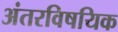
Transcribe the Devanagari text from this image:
अंतरविषयिक